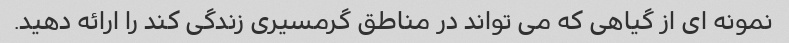
نمونه ای از گیاهی که می تواند در مناطق گرمسیری زندگی کند را ارائه دهید.